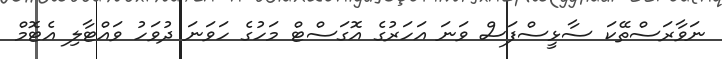
ނަވާރަސްތޭކަ ސާޅީސްފަސް ވަނަ އަހަރުގެ އޮގަސްޓް މަހުގެ ހަވަނަ ދުވަހު ވައްޓާލި އެޓޮމް